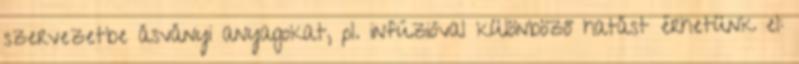
szervezetbe ásványi anyagokat, pl. infúzióval különböző hatást érhetünk el: